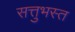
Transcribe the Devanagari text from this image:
सत्तुभस्त